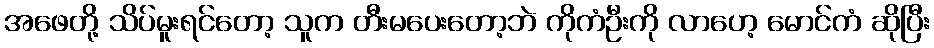
အဖေတို့ သိပ်မူးရင်တော့ သူက တီးမပေးတော့ဘဲ ကိုကံဦးကို လာဟေ့ မောင်ကံ ဆိုပြီး